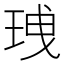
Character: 𤥟